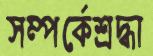
সম্পর্কেশ্রদ্ধা